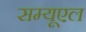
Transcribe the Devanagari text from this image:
सम्यूएल